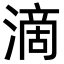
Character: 滴